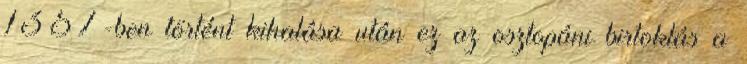
1357-ben történt kihalása után ez az osztopáni birtoklás a